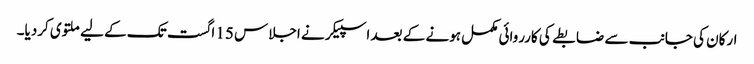
ارکان کی جانب سے ضابطے کی کارروائی مکمل ہونے کے بعد اسپیکر نے اجلاس 15 اگست تک کے لیے ملتوی کردیا۔